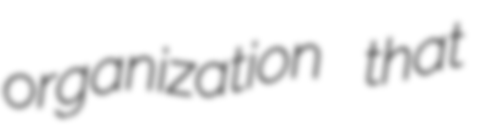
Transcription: organization that